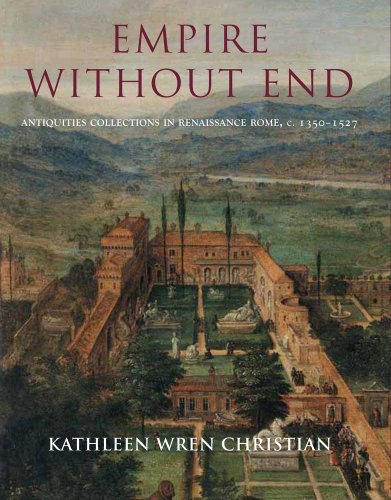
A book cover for Empire Without End: Antiquities Collections in Renaissance Rome, c. 1350-1527; Kathleen Wren Christian; Arts & Photography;